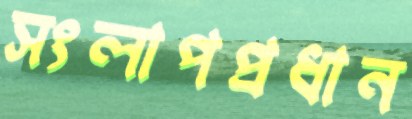
সংলাপপ্রধান